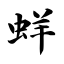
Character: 蛘